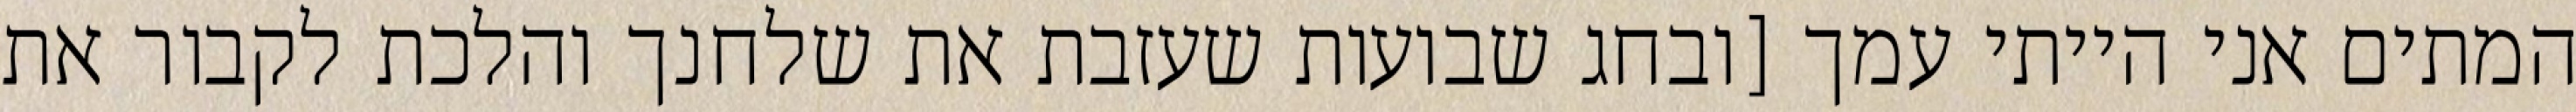
המתים אני הייתי עמך [ובחג שבועות שעזבת את שלחנך והלכת לקבור את